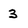
Character: 3